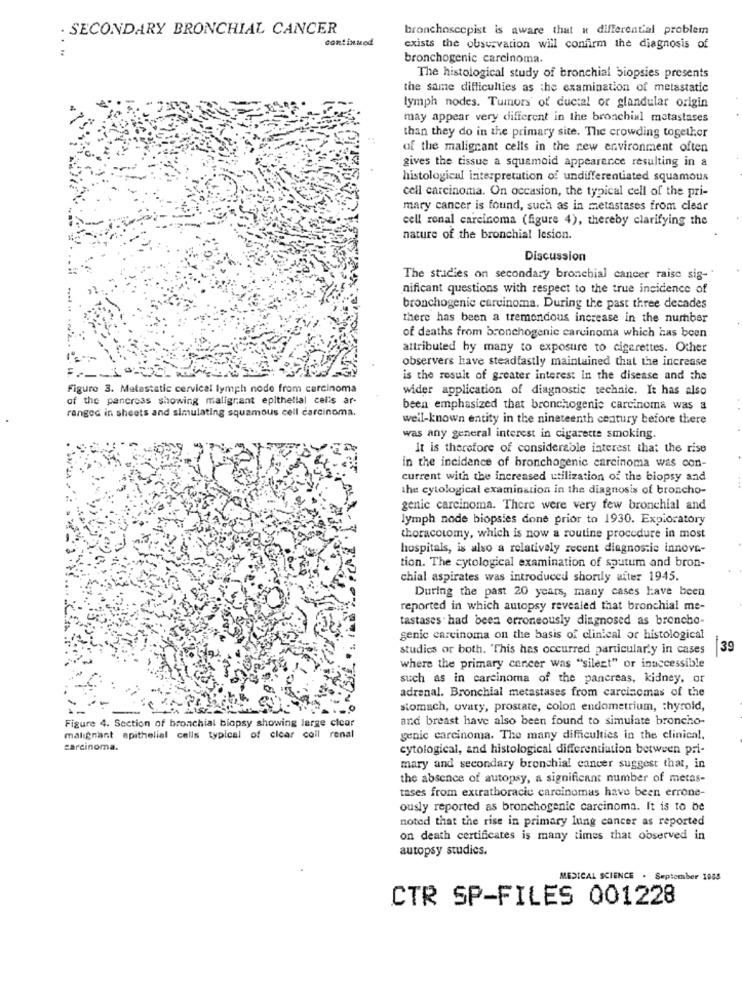
· SECONDARY BRONCHIAL CANCER
bronchoscepist is aware that « differential problem
continued
exists the observation will confirm the diagnosis of
bronchogenic carcinoma.
The histological study of bronchial biopsies presents
the same difficulties as the examination of metastatic
lymph nodes. Tumors of ductal or glandular origin
may appear very different in the bronchial metastases
than they do in the primary site. The crowding together
of the malignant cells in the new environment often
gives the tissue a squamoid appearence resulting in a
histological interpretation of undifferentiated squamous
cell carcinoma. On occasion, the typical cell of the pri-
mary cancer is found, such as in metastases from clear
cell ronal carcinoma (figure 4), thereby clarifying the
nature of the bronchial lesion.
Discussion
The studies on secondary bronchial cancer raise sig-
nificant questions with respect to the true incidence of
bronchogenic carcinoma. During the past three decades
there has been a tremendous increase in the number
of deaths from bronchogenic carcinoma which has been
attributed by many to exposure to cigarettes. Other
observers have steadfastly maintained that the increase
is the result of greater interest in the disease and the
Figure 3. Metastatic cervical lymph node from carcinoma
wider application of diagnostic technic. It has also
of the pancreas showing maligrant epithelial cells ar-
ranged in sheets and simulating squamous cell carcinoma.
been emphasized that bronchogenie carcinoma was a
well-known entity in the nineteenth century before there
was any general interest in cigarette smoking.
It is therefore of considerable interest that the rise
in the incidence of bronchogenic carcinoma was con-
current with the increased utilization of the biopsy and
the cytological examination in the diagnosis of broncho-
genic carcinoma. There were very few bronchial and
lymph node biopsies done prior to 1930. Exploratory
thoracotomy, which is now a routine procedure in most
hospitals, is also a relatively zecent diagnostic innove-
tion. The cytological examination of sputum and bron-
chial aspirates was introduced shortly after 1945.
During the past 20 years, many cases have been
reported in which autopsy revealed that bronchial me-
tastases had been erroneously diagnosed as broncho-
genic carcinoma on the basis of clinical or histological
studies or both. "This has occurred particularly in cases
39
where the primary concer was "silent" or inaccessible
such as in carcinoma of the pancreas, kidney, or
adrenal. Bronchial metastases from carcinomas of the
stomach, ovary, prostate, colon endometrium, thyroid,
Figure 4. Section of bronchial biopsy showing large clear
and breast have also been found to simulate broncho-
malignant epithelial cells typical of clear coll renal
genic carcinoma. The many difficulties in the clinical.
carcinoma.
cytological, and histological differentiation between pri-
mary and secondary bronchial cancer suggest that, in
the absence of autopsy, a significant number of metas-
tases from extrathoracic carcinomas have been errone-
ously reported as bronchogenic carcinoma. It is to be
noted that the rise in primary lung cancer as reported
on death certificates is many times that observed in
autopsy studies.
MEDICAL SCIENCE . September 1985
CTR SP-FILES 001228